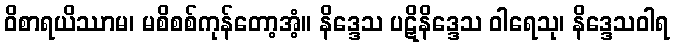
ဝိစာရယိဿာမ၊ မစိစစ်ကုန်တော့အံ့။ နိဒ္ဒေသ ပဋိနိဒ္ဒေသ ဝါရေသု၊ နိဒ္ဒေသဝါရ